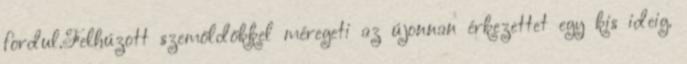
fordul.Felhúzott szemöldökkel méregeti az újonnan érkezettet egy kis ideig.